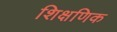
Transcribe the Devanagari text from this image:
शिक्षणिक